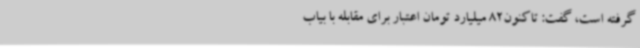
گرفته است، گفت: تاکنون82 میلیارد تومان اعتبار برای مقابله با بیاب